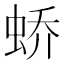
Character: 𫊸